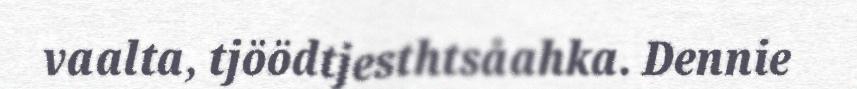
vaalta, tjöödtjesthtsåahka. Dennie